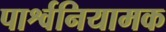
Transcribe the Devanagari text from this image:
पार्श्वनियामक